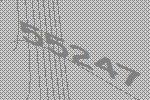
55247